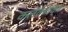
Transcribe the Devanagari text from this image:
कलंकचक्र